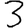
Digit: 3